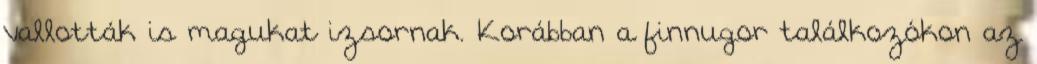
vallották is magukat izsornak. Korábban a finnugor találkozókon az